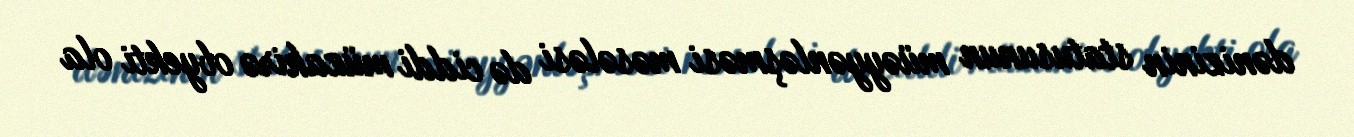
dənizinin statusunun müəyyənləşməsi məsələsi də ciddi müzakirə obyekti ola